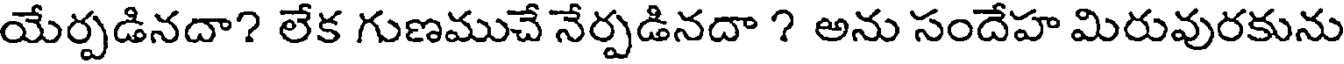
యేర్పడినదా? లేక గుణముచే నేర్పడినదా ? అను సందేహ మిరువురకును